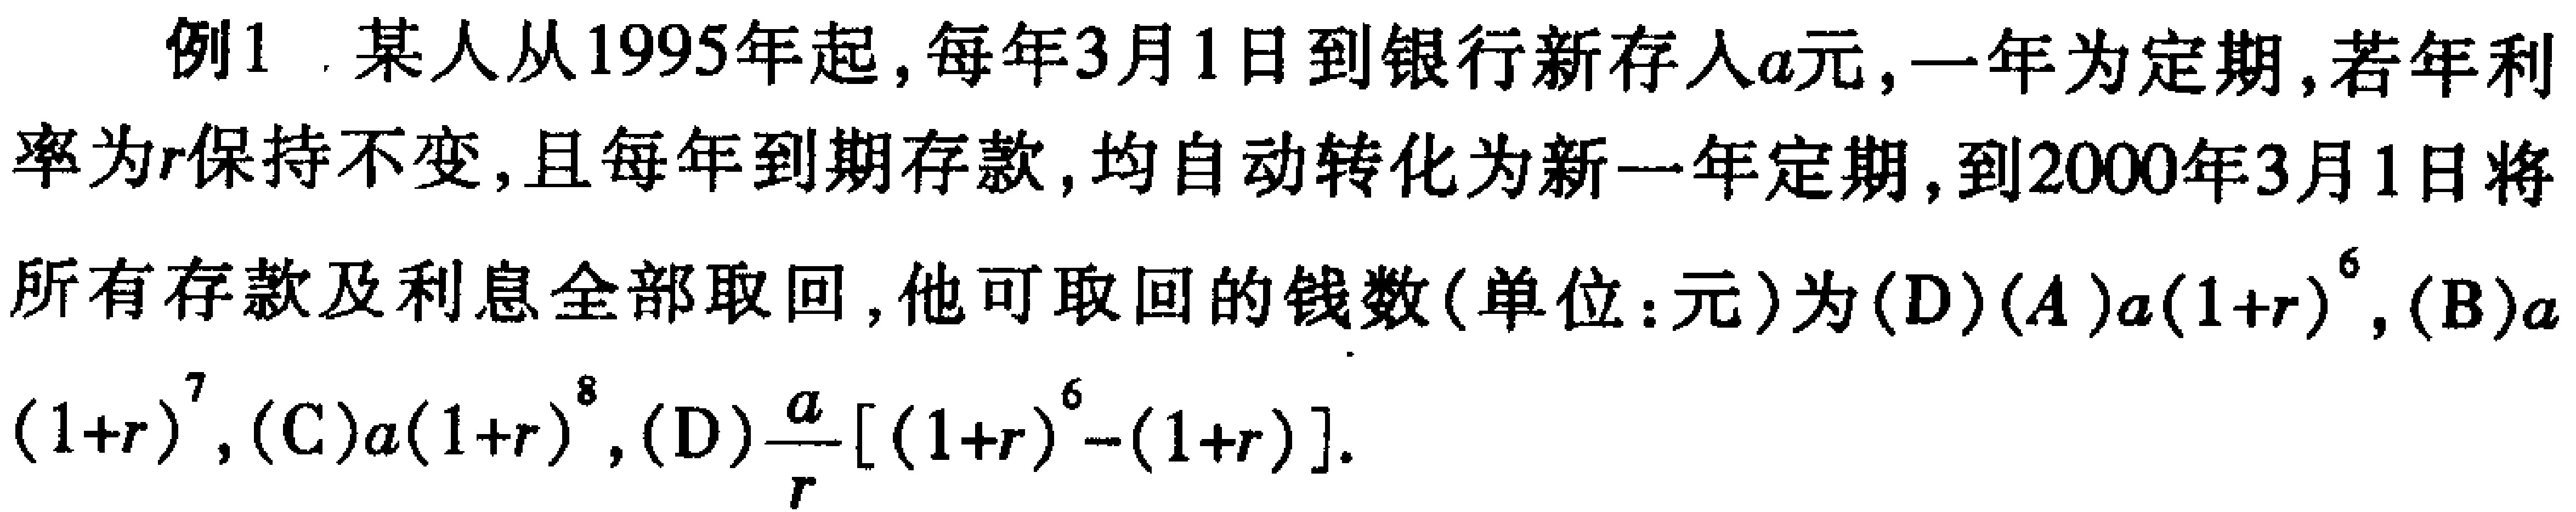
例1. 某人从1995年起, 每年3月1日到银行新存入\(a\)元, 一年为定期, 若年利率为\(r\)保持不变, 且每年到期存款, 均自动转化为新一年定期, 到2000年3月1日将所有存款及利息全部取回, 他可取回的钱数(单位:元)为(D)(A)\(a(1 + r)^{6}\), (B)\(a(1 + r)^{7}\), (C)\(a(1 + r)^{8}\), (D)\(\frac{a}{r}[(1 + r)^{6}-(1 + r)]\).